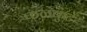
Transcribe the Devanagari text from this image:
फळकुटे